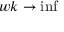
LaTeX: w k \rightarrow \operatorname* { i n f }